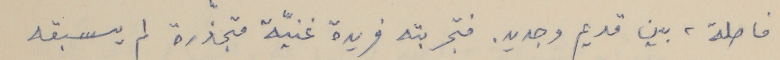
فاصلة، بين قديم وجديد. فتجربته فريدة غنيّة متجذّرة لم يسبقه